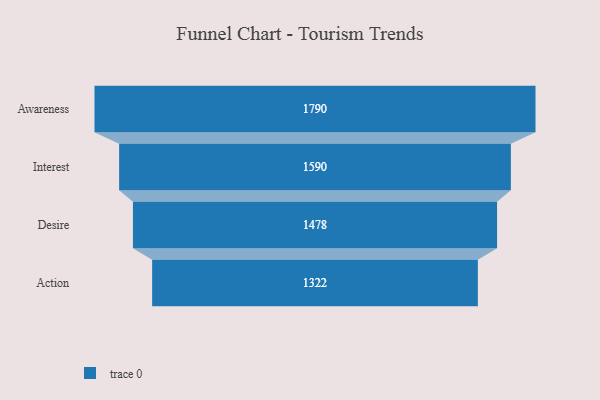
{"axis": {"x": "Stage", "y": "Value"}, "legend": [""], "data": [{"x": "Awareness", "y": 1790.0, "type": ""}, {"x": "Interest", "y": 1590.0, "type": ""}, {"x": "Desire", "y": 1478.0, "type": ""}, {"x": "Action", "y": 1322.0, "type": ""}]}